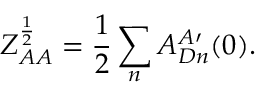
Z _ { A A } ^ { \frac { 1 } { 2 } } = \frac { 1 } { 2 } \sum _ { n } A _ { D n } ^ { A \prime } ( 0 ) .